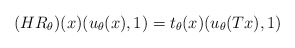
\begin{align*}(HR_\theta)(x)(u_\theta(x),1)=t_\theta(x)(u_\theta(Tx),1)\end{align*}